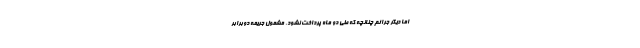
اما دیگر جرائم چنانچه که طی دو ماه پرداخت نشود، مشمول جریمه دوبرابر